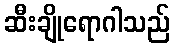
ဆီးချိုရောဂါသည်